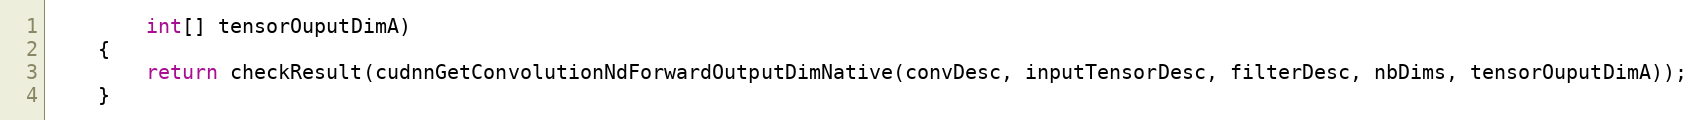
Language: Java
        int[] tensorOuputDimA)
    {
        return checkResult(cudnnGetConvolutionNdForwardOutputDimNative(convDesc, inputTensorDesc, filterDesc, nbDims, tensorOuputDimA));
    }